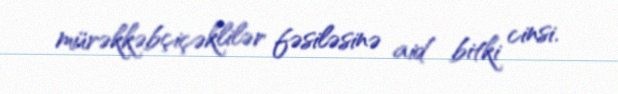
mürəkkəbçiçəklilər fəsiləsinə aid bitki cinsi.